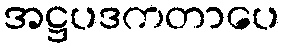
အဋ္ဌပဒကတာပေ